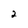
Character: 2